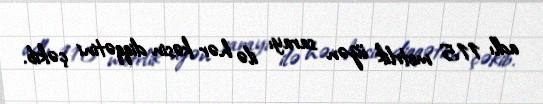
adlı 115 metrlik üzən sarayı ilə hər kəsin diqqətini çəkib.